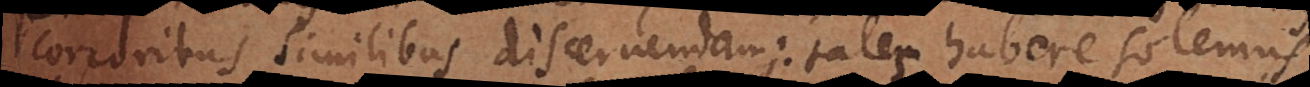
corporibus similibus discernendam: tales habere solemus